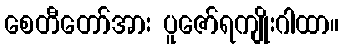
စေတီတော်အား ပူဇော်ရကျိုးဂါထာ။